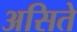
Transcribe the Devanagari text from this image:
असिते